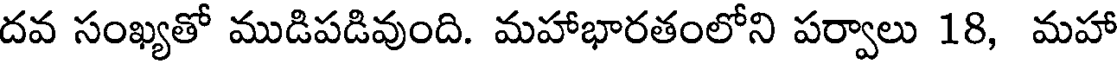
దవ సంఖ్యతో ముడిపడివుంది. మహాభారతంలోని పర్వాలు 18, మహా